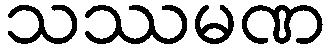
သဿမဏ